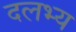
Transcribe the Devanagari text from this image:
दलभ्य